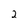
Character: 2